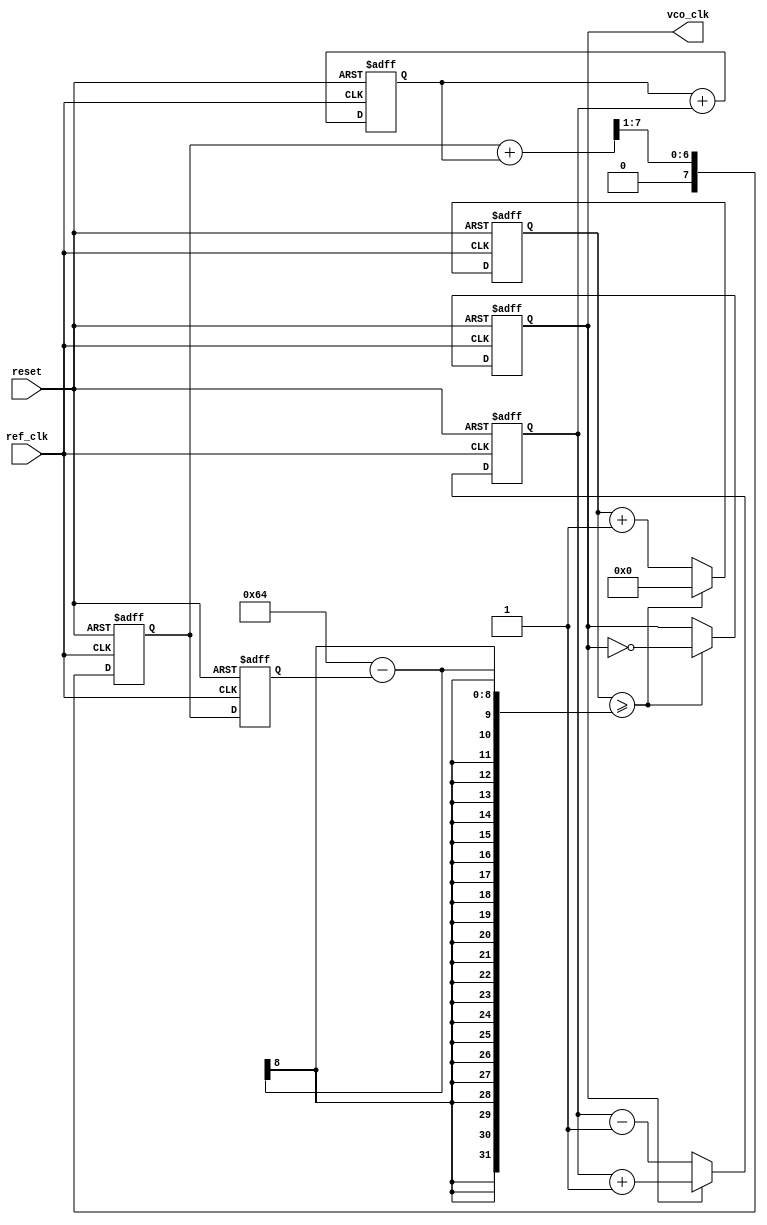
module dual_loop_pll (
    input wire ref_clk,           // Reference clock input
    input wire reset,             // Reset signal
    output reg vco_clk            // VCO output clock
);

// Parameters for the PLL
parameter integer DIV_RATIO = 4; // Frequency division ratio
parameter integer VCO_MAX_FREQ = 100; // Max frequency for VCO
parameter integer VCO_MIN_FREQ = 10;  // Min frequency for VCO

// Internal signals
reg [7:0] phase_error;           // Phase error signal
reg [7:0] charge_pump_out;       // Charge pump output
reg [7:0] loop_filter_out;        // Loop filter output
reg [7:0] vco_control;            // Control voltage for VCO
reg [31:0] vco_counter;           // VCO frequency counter
reg [31:0] divider_counter;       // Divider counter
reg vco_enable;                   // VCO enable signal

// Phase Detector (PD)
always @(posedge ref_clk or posedge reset) begin
    if (reset) begin
        phase_error <= 0;
    end else begin
        // Simple phase detection logic (for illustration)
        if (vco_clk) begin
            phase_error <= phase_error + 1; // Increment error if VCO clock is high
        end else begin
            phase_error <= phase_error - 1; // Decrement error if VCO clock is low
        end
    end
end

// Charge Pump (CP)
always @(posedge ref_clk or posedge reset) begin
    if (reset) begin
        charge_pump_out <= 0;
    end else begin
        // Simple charge pump logic
        charge_pump_out <= charge_pump_out + phase_error; // Adjust based on phase error
    end
end

// Loop Filter
always @(posedge ref_clk or posedge reset) begin
    if (reset) begin
        loop_filter_out <= 0;
    end else begin
        // Simple loop filter logic (first-order filter)
        loop_filter_out <= (loop_filter_out + charge_pump_out) >> 1; // Low-pass filter
    end
end

// Voltage-Controlled Oscillator (VCO)
always @(posedge ref_clk or posedge reset) begin
    if (reset) begin
        vco_control <= VCO_MIN_FREQ; // Start at minimum frequency
        vco_counter <= 0;
        vco_clk <= 0;
    end else begin
        // Adjust VCO frequency based on loop filter output
        vco_control <= loop_filter_out;

        // VCO frequency generation (simple counter-based)
        if (vco_counter >= (VCO_MAX_FREQ - vco_control)) begin
            vco_clk <= ~vco_clk; // Toggle VCO clock
            vco_counter <= 0; // Reset counter
        end else begin
            vco_counter <= vco_counter + 1; // Increment counter
        end
    end
end

// Frequency Divider
always @(posedge vco_clk or posedge reset) begin
    if (reset) begin
        divider_counter <= 0;
        vco_enable <= 0;
    end else begin
        divider_counter <= divider_counter + 1;
        if (divider_counter >= DIV_RATIO) begin
            vco_enable <= ~vco_enable; // Toggle enable signal based on division ratio
            divider_counter <= 0; // Reset counter
        end
    end
end

endmodule